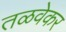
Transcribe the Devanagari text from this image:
तळवेकर